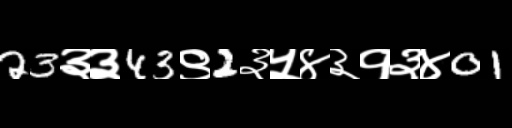
Text: 23३३43९2३५४३१३४01